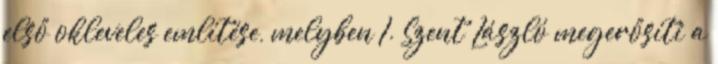
első okleveles említése, melyben I. Szent László megerősíti a